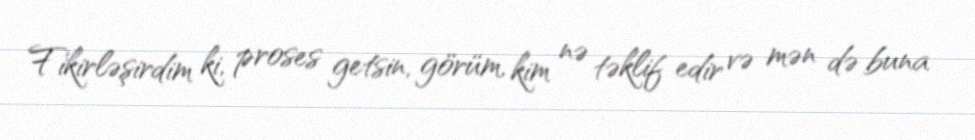
Fikirləşirdim ki, proses getsin, görüm, kim nə təklif edir və mən də buna